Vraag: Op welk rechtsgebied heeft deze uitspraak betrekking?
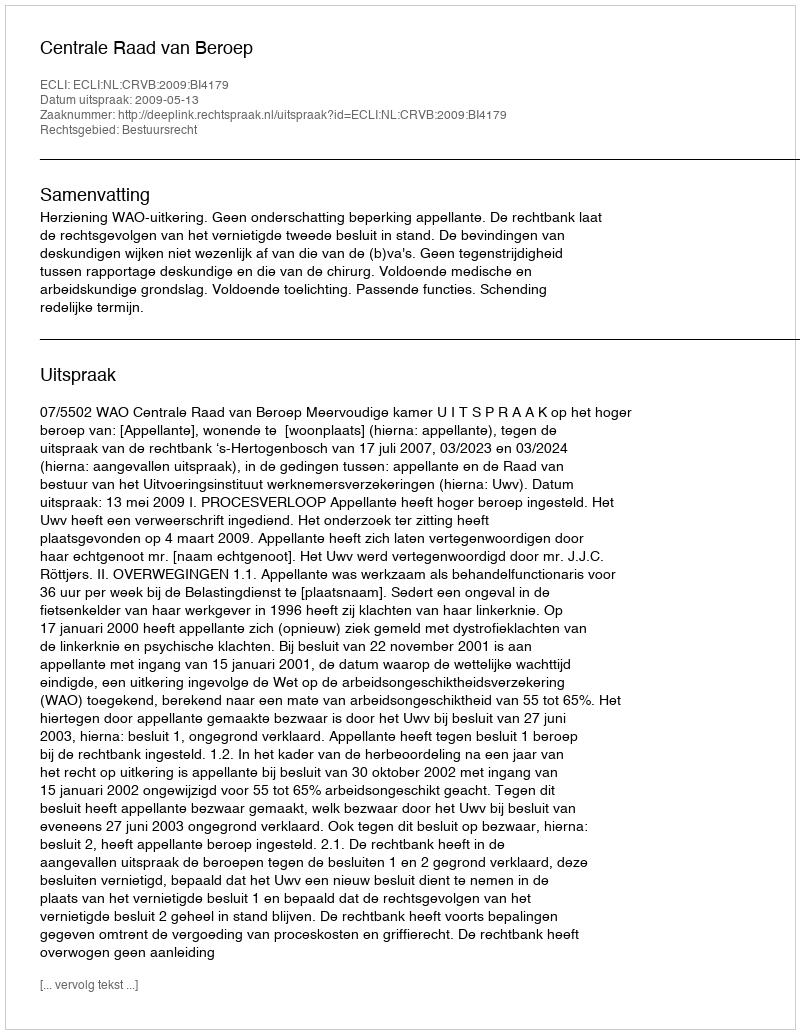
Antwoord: Bestuursrecht